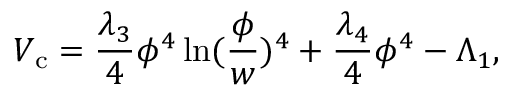
V _ { \mathrm { c } } = { \frac { \lambda _ { 3 } } { 4 } } \phi ^ { 4 } \ln ( { \frac { \phi } { w } } ) ^ { 4 } + { \frac { \lambda _ { 4 } } { 4 } } \phi ^ { 4 } - \Lambda _ { 1 } ,